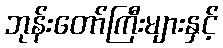
ဘုန်းတော်ကြီးများနှင့်